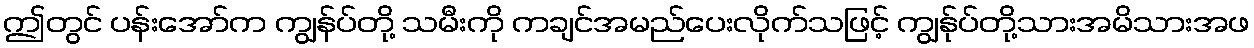
ဤတွင် ပန်းအော်က ကျွန်ပ်တို့ သမီးကို ကချင်အမည်ပေးလိုက်သဖြင့် ကျွန်ုပ်တို့သားအမိသားအဖ